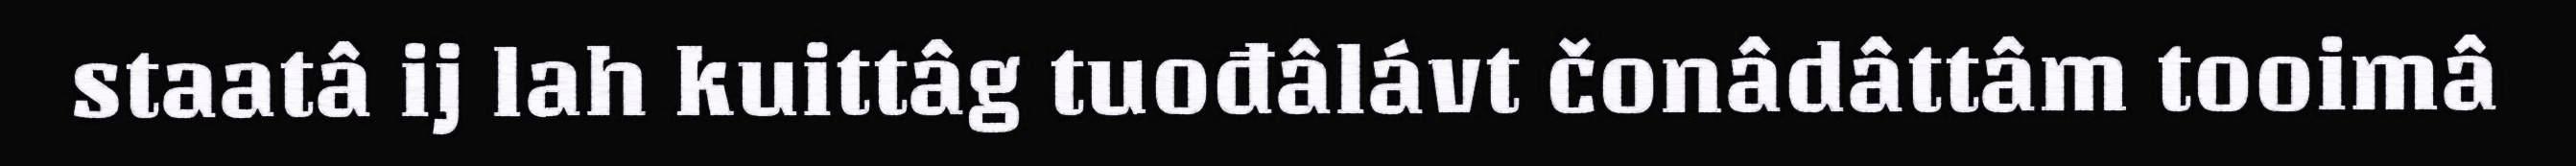
staatâ ij lah kuittâg tuođâlávt čonâdâttâm tooimâ